Lunatic asylums Punjab 1911-1921 - 1911-1921
Year: 1911
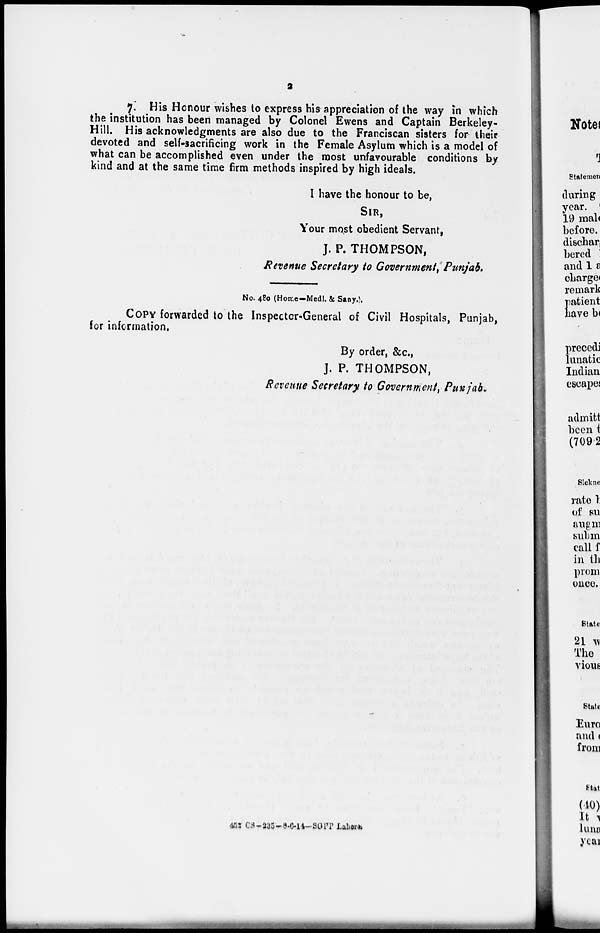
2
7. His Honour wishes to express his appreciation of the way in which
the institution has been managed by Colonel Ewens and Captain Berkeley-
Hill. His acknowledgments are also due to the Franciscan sisters for their
devoted and self-sacrificing work in the Female Asylum which is a model of
what can be accomplished even under the most unfavourable conditions by
kind and at the same time firm methods inspired by high ideals.
I have the honour to be,
SIR,
Your most obedient Servant,
J.P.THOMPSON,
Revenue Secretary to Government, Punjab.
No. 480 (Home—Medl. & Sany.).
COPY forwarded to the Inspector-General of Civil Hospitals, Punjab,
for information,
By order, &c,
J. P. THOMPSON,
Revenue Secretary to Government, Punjab.
452 CS-235-8-6-14-SGPP Lahore